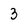
Character: 3